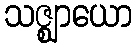
သဇ္ဈာယော